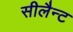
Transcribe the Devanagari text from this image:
सीलैन्ट